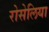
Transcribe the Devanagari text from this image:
रोसेलिया